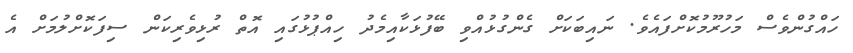
ހައްގުންވެސް މަހުރޫމުކޮށްފައެވެ. ނައިބަކަށް ގެންގުޅުއްވި ބޭފުޅަކާއިމެދު ހިއްޕުޅުގައި އޮތް ރުޅިވެރިކަން ސިފަކޮށްލުމަށް އެ